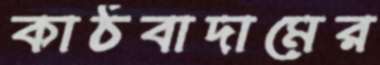
কাঠবাদামের